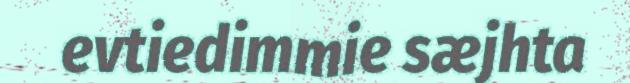
evtiedimmie sæjhta